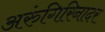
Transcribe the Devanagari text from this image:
अरुंगिरिनादर